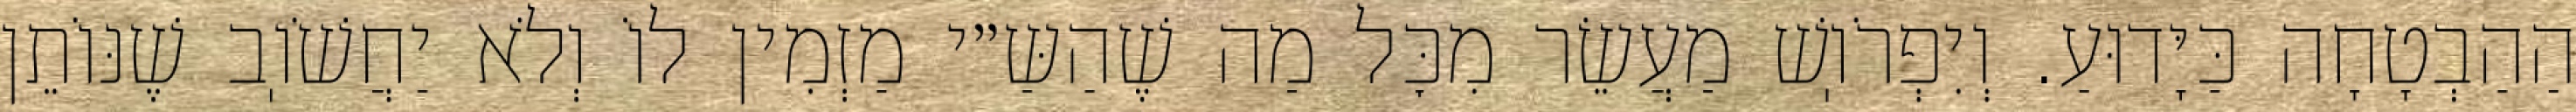
הַהַבְטָחָה כַּיָּדוּעַ. וְיִפְרֹוֽשׁ מַעֲשֵׂר מִכׇּל מַה שֶׁהַשַּ״י מַזְמִין לוֹ וְלֹא יַחֲשֹׁוֽב שֶׁנּוֹתֵן